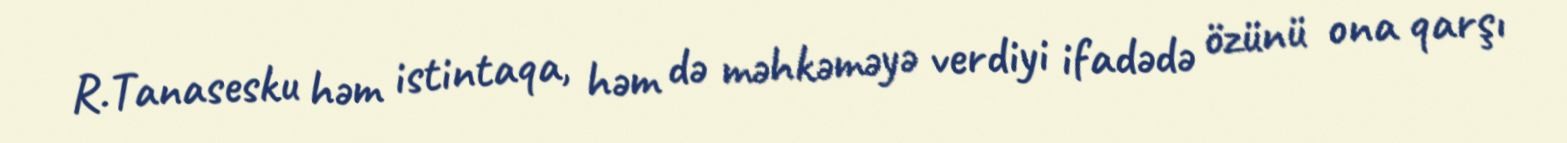
R.Tanasesku həm istintaqa, həm də məhkəməyə verdiyi ifadədə özünü ona qarşı